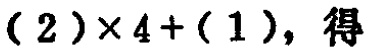
$(2)\times 4+(1)，得$